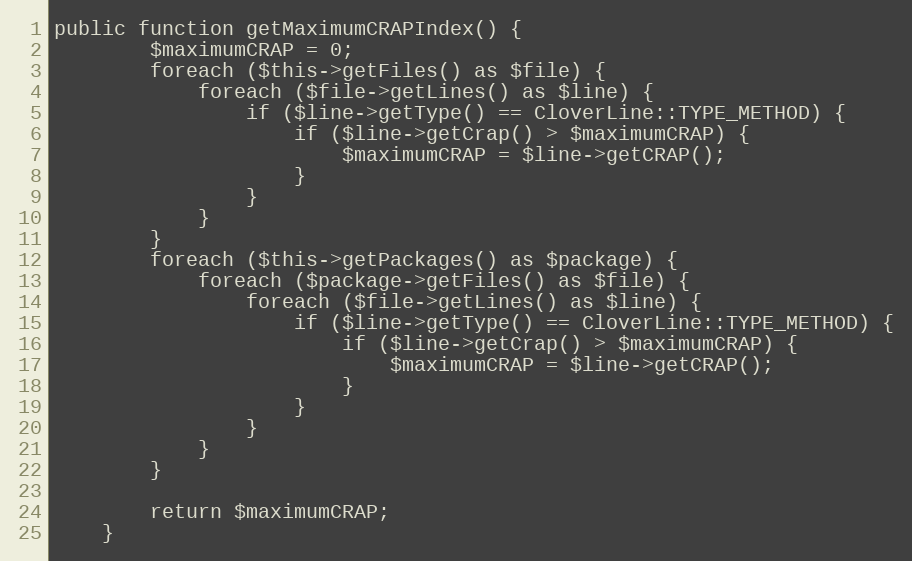
Language: PHP
public function getMaximumCRAPIndex() {
		$maximumCRAP = 0;
		foreach ($this->getFiles() as $file) {
			foreach ($file->getLines() as $line) {
				if ($line->getType() == CloverLine::TYPE_METHOD) {
					if ($line->getCrap() > $maximumCRAP) {
						$maximumCRAP = $line->getCRAP();
					}
				}
			}
		}
		foreach ($this->getPackages() as $package) {
			foreach ($package->getFiles() as $file) {
				foreach ($file->getLines() as $line) {
					if ($line->getType() == CloverLine::TYPE_METHOD) {
						if ($line->getCrap() > $maximumCRAP) {
							$maximumCRAP = $line->getCRAP();
						}
					}
				}
			}
		}

		return $maximumCRAP;
	}